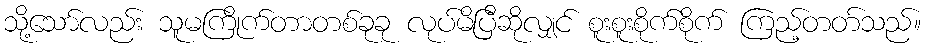
သို့သော်လည်း သူမကြိုက်တာတစ်ခုခု လုပ်မိပြီဆိုလျှင် စူးစူးစိုက်စိုက် ကြည့်တတ်သည်။